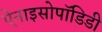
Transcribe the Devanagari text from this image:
ऐनाइसोपॉडिडी